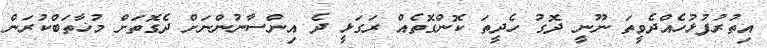
އިތުރުފުޅުހެއްދެވީތަ ނޫނީ ދޮގު ހެދީތަ ކޮންގޮތެއް ރަގަޅީ ދެ އިންސާނުންނަށް ދެގޮތަށް މުޚާތަބްކުރަން